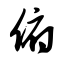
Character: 俯